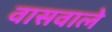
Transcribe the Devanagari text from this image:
वासवाले